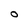
Character: o